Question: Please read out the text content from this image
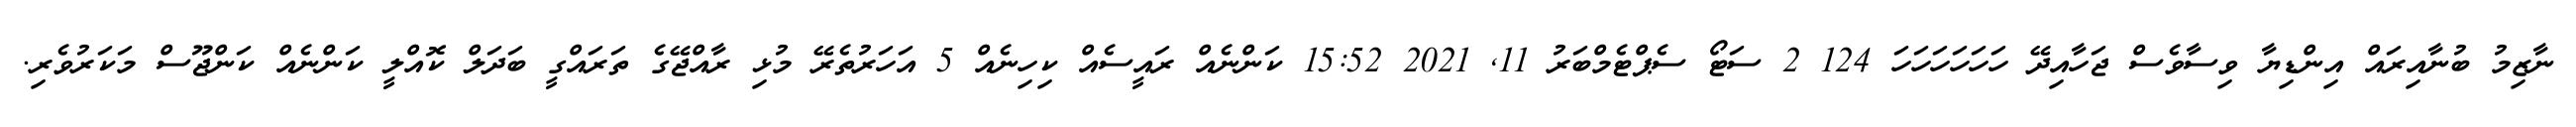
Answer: ނާޒިމު ބުނާއިރައް އިންޑިޔާ ވިސާވެސް ޖަހާއިދޭ ހަހަހަހަހަހަ 124 2 ސަޓޯ ސެޕްޓެމްބަރު 11, 2021 15:52 ކަންނެއް ރައީސެއް ކިހިނެއް 5 އަހަރުތެރޭ މުޅި ރާއްޖޭގެ ތަރައްގީ ބަދަލް ކޮއްލީ ކަންނެއް ކަންޖޫސް މަކަރުވެރި.